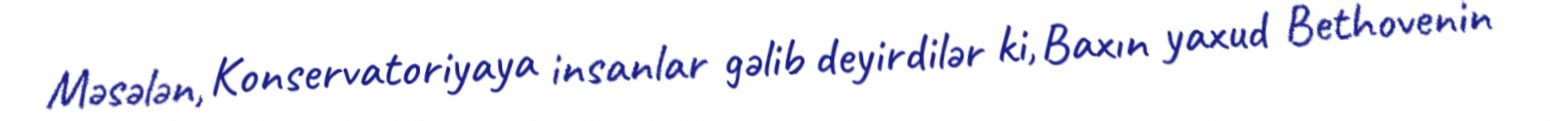
Məsələn, Konservatoriyaya insanlar gəlib deyirdilər ki, Baxın yaxud Bethovenin